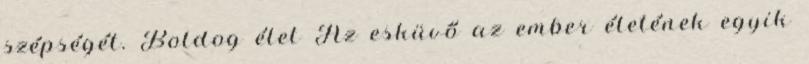
szépségét. Boldog élet Az esküvő az ember életének egyik